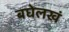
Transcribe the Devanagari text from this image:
बघेलखं